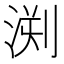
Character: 𣷬